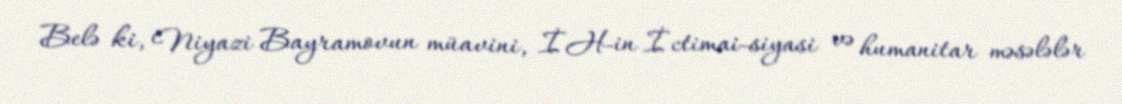
Belə ki, Niyazi Bayramovun müavini, İH-in İctimai-siyasi və humanitar məsələlər